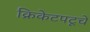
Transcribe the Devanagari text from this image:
क्रिकेटपटूचे